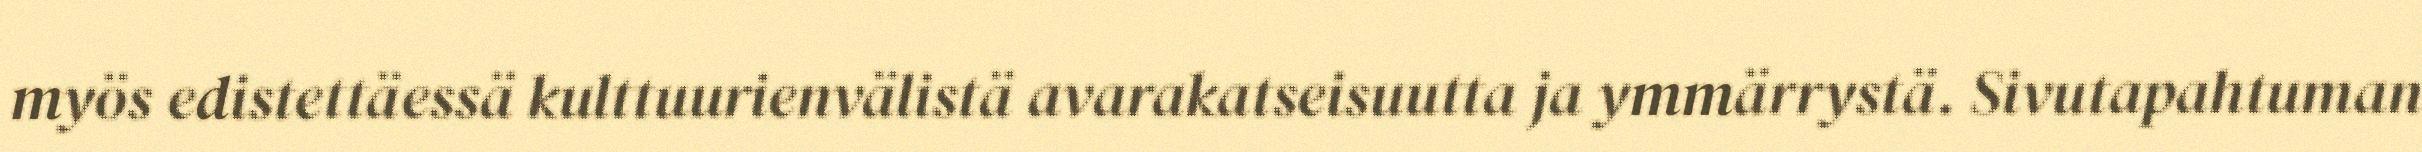
myös edistettäessä kulttuurienvälistä avarakatseisuutta ja ymmärrystä. Sivutapahtuman